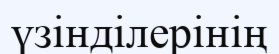
үзінділерінің